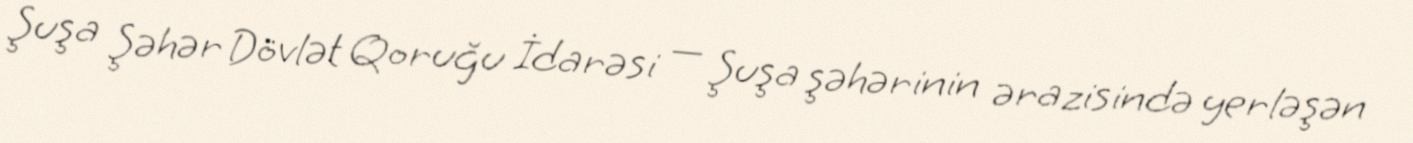
Şuşa Şəhər Dövlət Qoruğu İdarəsi — Şuşa şəhərinin ərazisində yerləşən